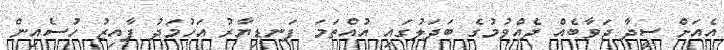
އެއަށް ސީދާ ޖަވާބެއް ދެއްވުމުގެ ބަދަލުގައި އުއްތަމަ ފަނޑިޔާރު އަހުމަދު ފާއިޒު ހުސެއިން